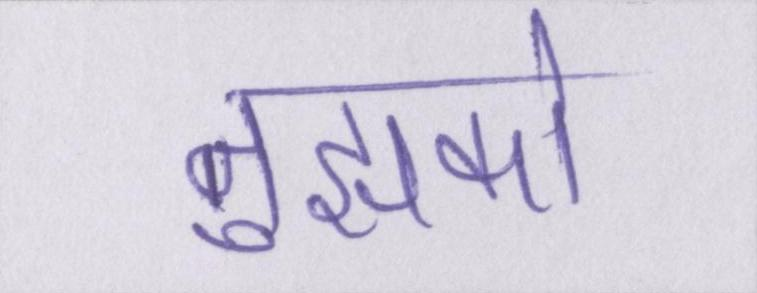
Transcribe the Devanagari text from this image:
तुझको